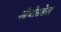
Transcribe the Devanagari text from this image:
ओजोसडेल